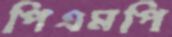
পিএমপি